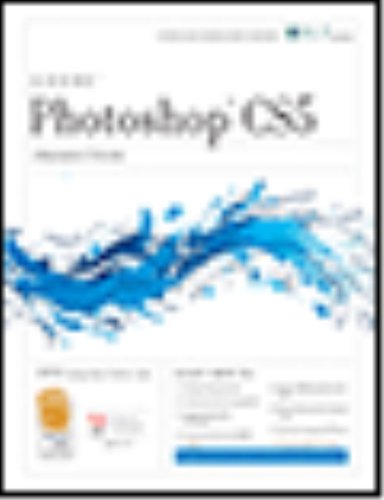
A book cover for Photoshop Cs5: Production, Aca Edition + Certblaster (ILT); Computers & Technology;